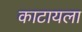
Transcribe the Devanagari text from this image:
काटायला